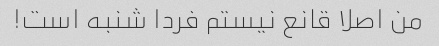
من اصلا قانع نیستم فردا شنبه است!